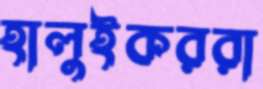
হালুইকররা